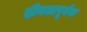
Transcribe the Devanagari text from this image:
दीनतापूर्वक